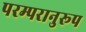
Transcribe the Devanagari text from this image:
परम्परानुरूप